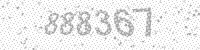
Solution: 888367